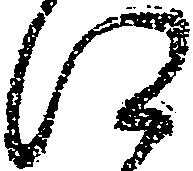
江